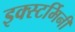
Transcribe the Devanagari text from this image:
इक्स्टर्मिनी